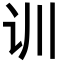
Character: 训